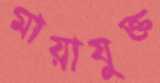
মায়াযুক্ত